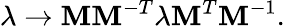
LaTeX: \lambda\to\mathbf{M}\mathbf{M}^{-T}\lambda\mathbf{M}^{T}\mathbf{M}^{-1}.